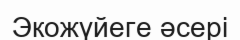
Экожүйеге әсері